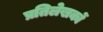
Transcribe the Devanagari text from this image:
प्रतिलेखकों